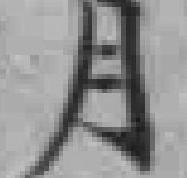
月